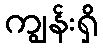
ကျွန်းရှိ